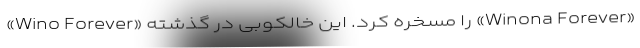
«Wino Forever» را مسخره کرد. این خالکوبی در گذشته «Winona Forever»